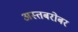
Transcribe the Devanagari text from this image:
अस्तबरोबर